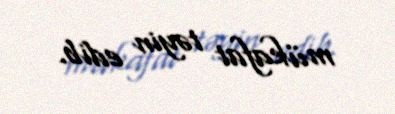
mükafat təyin edib.